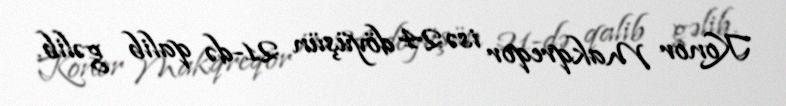
Konor Makqreqor isə 24 döyüşün 21-də qalib gəlib.